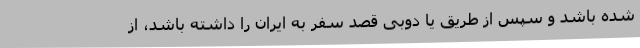
شده باشد و سپس از طریق یا دوبی قصد سفر به ایران را داشته باشد، از